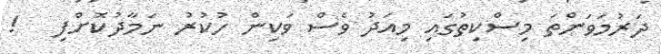
ދަރުމަވަންތަ މިސްކިތުގައި މިއަދު ވެސް ވަކިން ހުކުރު ނަމާދުކޮށްފި   !